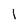
Character: 1